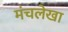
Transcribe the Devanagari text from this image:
मंचलेखा